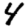
Digit: 4